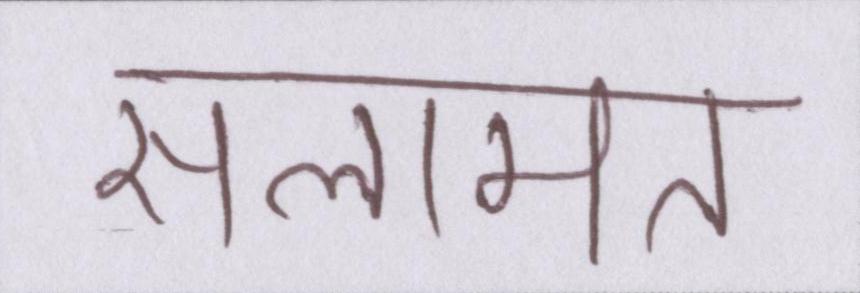
सलामत